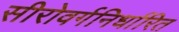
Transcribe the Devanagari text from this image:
सीरोवर्गनिर्धारित